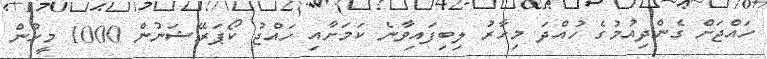
ހައްޖަށް ގެންދިއުމުގެ ހުއްދަ މިހާރު ލިބިފައިވާނެ ކަމަށާއި ހައްޖު ކޯޕަރޭޝަނުން 1000 މީހުން